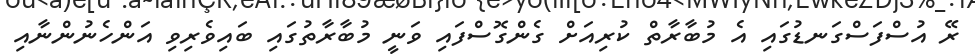
ރޭ އުސްފަސްގަނޑުގައި އެ މުބާރާތް ކުރިއަށް ގެންގޮސްފައި ވަނީ މުބާރާތުގައި ބައިވެރިވި އަންހެނުންނާއި